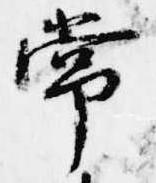
常